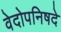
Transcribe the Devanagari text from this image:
वेदोपनिषदे